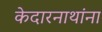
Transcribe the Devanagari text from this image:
केदारनाथांना